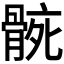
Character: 𮪬